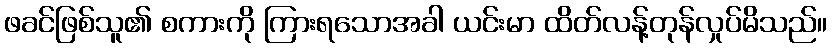
ဖခင်ဖြစ်သူ၏ စကားကို ကြားရသောအခါ ယင်းမာ ထိတ်လန့်တုန်လှုပ်မိသည်။